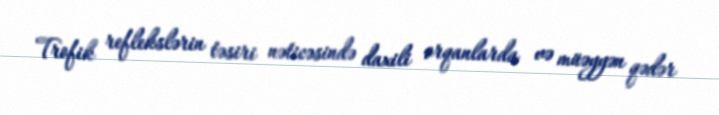
Trofik reflekslərin təsiri nəticəsində daxili orqanlarda və müəyyən qədər